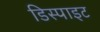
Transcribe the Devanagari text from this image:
डिस्पाइट